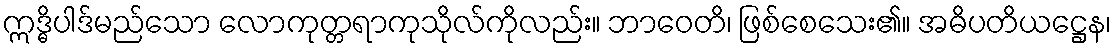
ဣဒ္ဓိပါဒ်မည်သော လောကုတ္တရာကုသိုလ်ကိုလည်း။ ဘာဝေတိ၊ ဖြစ်စေသေး၏။ အဓိပတိယဋ္ဌေန၊